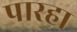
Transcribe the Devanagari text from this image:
पारहा